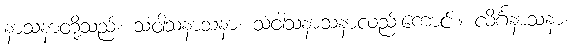
နာသနာတို့သည်။ သံဝါသနာသနာ၊ သံဝါသနာသနာလည်းကောင်း။ လိင်္ဂနာသနာ၊